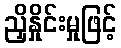
ညှိနှိုင်းမှုဖြင့်